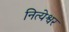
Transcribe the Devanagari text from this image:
नित्येश्वर